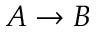
A \rightarrow B